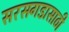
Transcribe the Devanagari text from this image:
सरसगडासाठी